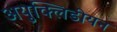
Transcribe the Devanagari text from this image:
अयुक्लिडीयन